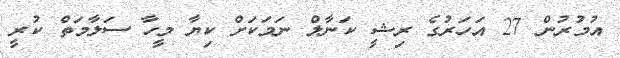
އުމުރުން 27 އަހަރުގެ ރިޝީ ކަނާލް ނަމަކަށް ކިޔާ މީހާ ސަލާމަތް ކުރީ